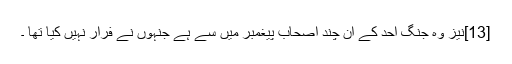
[13]نیز وہ جنگ اُحد کے ان چند اصحاب پیغمبر میں سے ہے جنہوں نے فرار نہیں کیا تھا ۔